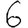
Digit: 6